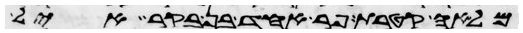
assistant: מלאה קטרת פר אחד בן בקר איל